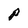
Character: P